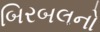
બિરબલનો